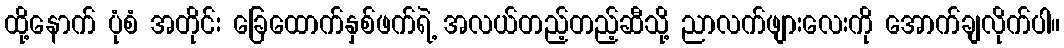
ထို့နောက် ပုံစံ အတိုင်း ခြေထောက်နှစ်ဖက်ရဲ့ အလယ်တည့်တည့်ဆီသို့ ညာလက်ဖျားလေးကို အောက်ချလိုက်ပါ။